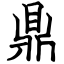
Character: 鼎